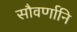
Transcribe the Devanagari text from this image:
सौवर्णानि